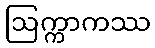
ဩက္ကာကဿ